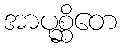
အာပုစ္ဆိတေ